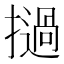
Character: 撾